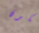
يكون